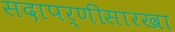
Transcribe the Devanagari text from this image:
सदापर्णीसारखा